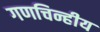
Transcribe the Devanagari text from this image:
गणचिन्हीय